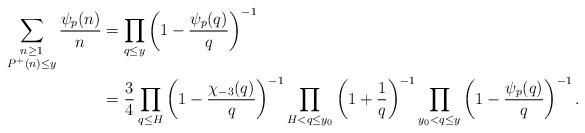
LaTeX: \begin{align*}\begin{aligned}\sum_{\substack{n\geq 1\\P^{+}(n)\leq y}} \frac{\psi_p(n)}{n}&= \prod_{q\leq y} \left(1-\frac{\psi_p(q)}{q}\right)^{-1}\\&= \frac{3}{4} \prod_{q\leq H}\left(1-\frac{\chi_{-3}(q)}{q}\right)^{-1} \prod_{H< q\leq y_0} \left(1+\frac{1}{q}\right)^{-1}\prod_{y_0<q\leq y} \left(1-\frac{\psi_p(q)}{q}\right)^{-1}.\end{aligned}\end{align*}